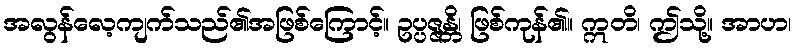
အလွန်လေ့ကျက်သည်၏အဖြစ်ကြောင့်။ ဥပ္ပဇ္ဇန္တိ၊ ဖြစ်ကုန်၏။ ဣတိ၊ ဤသို့။ အာဟ၊